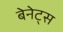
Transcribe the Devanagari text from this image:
बेनेट्स